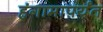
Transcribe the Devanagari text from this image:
हंगामापर्यंत